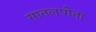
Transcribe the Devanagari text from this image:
सातलपोता